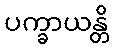
ပက္ခာယန္တိ